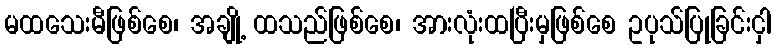
မထသေးမီဖြစ်စေ၊ အချို့ ထသည်ဖြစ်စေ၊ အားလုံးထပြီးမှဖြစ်စေ ဥပုသ်ပြုခြင်းငှါ